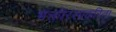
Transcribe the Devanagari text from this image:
भक्तीरसाकरिता